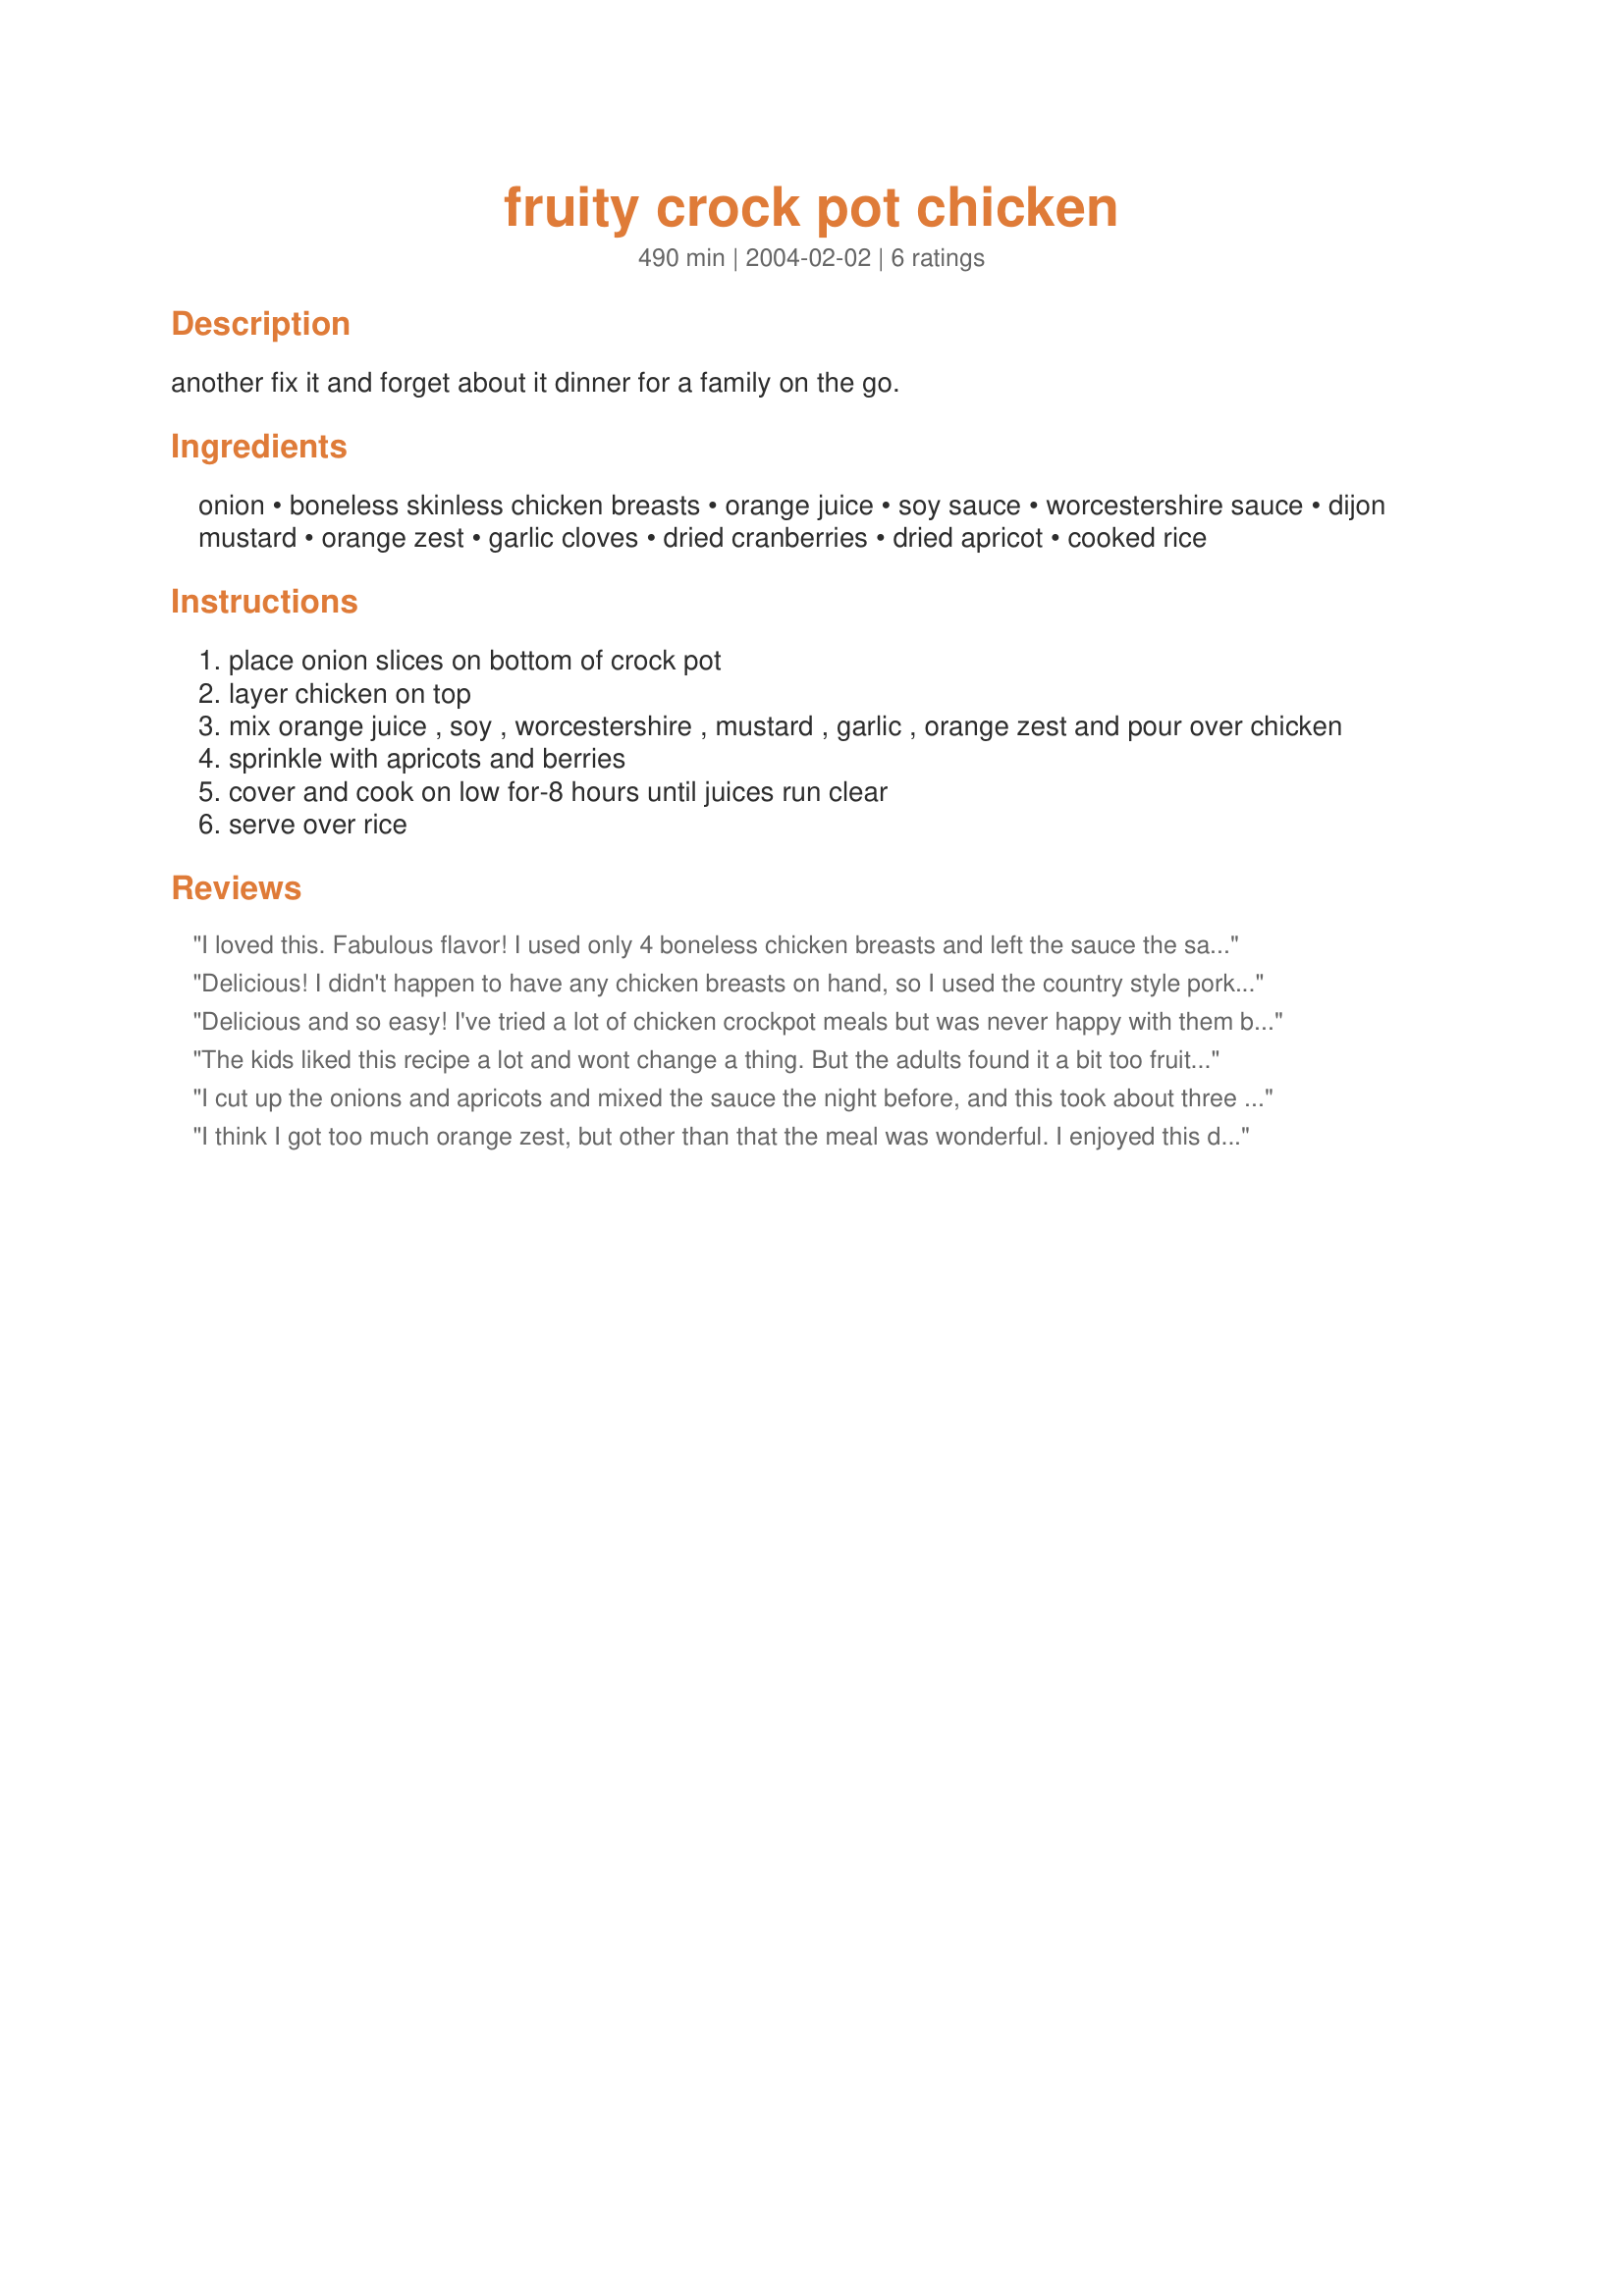
fruity crock pot chicken
Preparation time: 490 minutes

another fix it and forget about it dinner for a family on the go.

Ingredients:
onion, boneless skinless chicken breasts, orange juice, soy sauce, worcestershire sauce, dijon mustard, orange zest, garlic cloves, dried cranberries, dried apricot, cooked rice

Steps:
place onion slices on bottom of crock pot
layer chicken on top
mix orange juice , soy , worcestershire , mustard , garlic , orange zest and pour over chicken
sprinkle with apricots and berries
cover and cook on low for-8 hours until juices run clear
serve over rice

Reviews:
I loved this. Fabulous flavor! I used only 4 boneless chicken breasts and left the sauce the same. I think if I had tried to use 6 breasts that there would not have been enough sauce. DH even hates apricots and he loved it. He raved about the sauce, and is coming up with tons of different things we could put the sauce on! Thanks!
Delicious! I didn't happen to have any chicken breasts on hand, so I used the country style pork ribs I did have. The meat was so tender, and the flavor was fantastic with a good balance between the sweet fruit and the salty/savory sauce. This one's a winner.
Delicious and so easy! I've tried a lot of chicken crockpot meals but was never happy with them before this -- but now we've found the perfect way to cook chicken in the crockpot. The chicken was even brown. Thanks Chia we will be having this often!
The kids liked this recipe a lot and wont change a thing. But the adults found it a bit too fruity. Here´s our modification of the recipe to suit adults´tastes : 4 tbsps. soy sauce instead of 2, dash of oregano, dash of nutmeg, pepper, salt, and instead of orange zest, we poured a bit of the apricot juice from the can and then added a bit of red wine (1/3 cup).... PERFECT !
I cut up the onions and apricots and mixed the sauce the night before, and this took about three minutes in the morning. So, I really wanted to like it. Unfortunately, this didn't go over very well at my house. Probably just a matter of personal taste, but they didn't appreciate the fruit flavours or the appearance of this one.
I think I got too much orange zest, but other than that the meal was wonderful. I enjoyed this dish a lot and would make it again, without using so much orange zest. I liked the apricots and cranberries. It reminded me of Fall.
